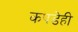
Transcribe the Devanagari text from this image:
कपडेही